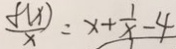
\frac { f ( x ) } { x } = x + \frac { 1 } { x } - 4